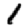
Digit: 1